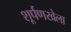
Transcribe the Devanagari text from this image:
शूर्पणखेला